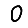
Digit: 0